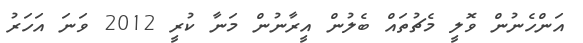
އަންހެނުން ވޮލީ މެޗުތައް ބެލުން އީރާނުން މަނާ ކުރީ 2012 ވަނަ އަހަރު